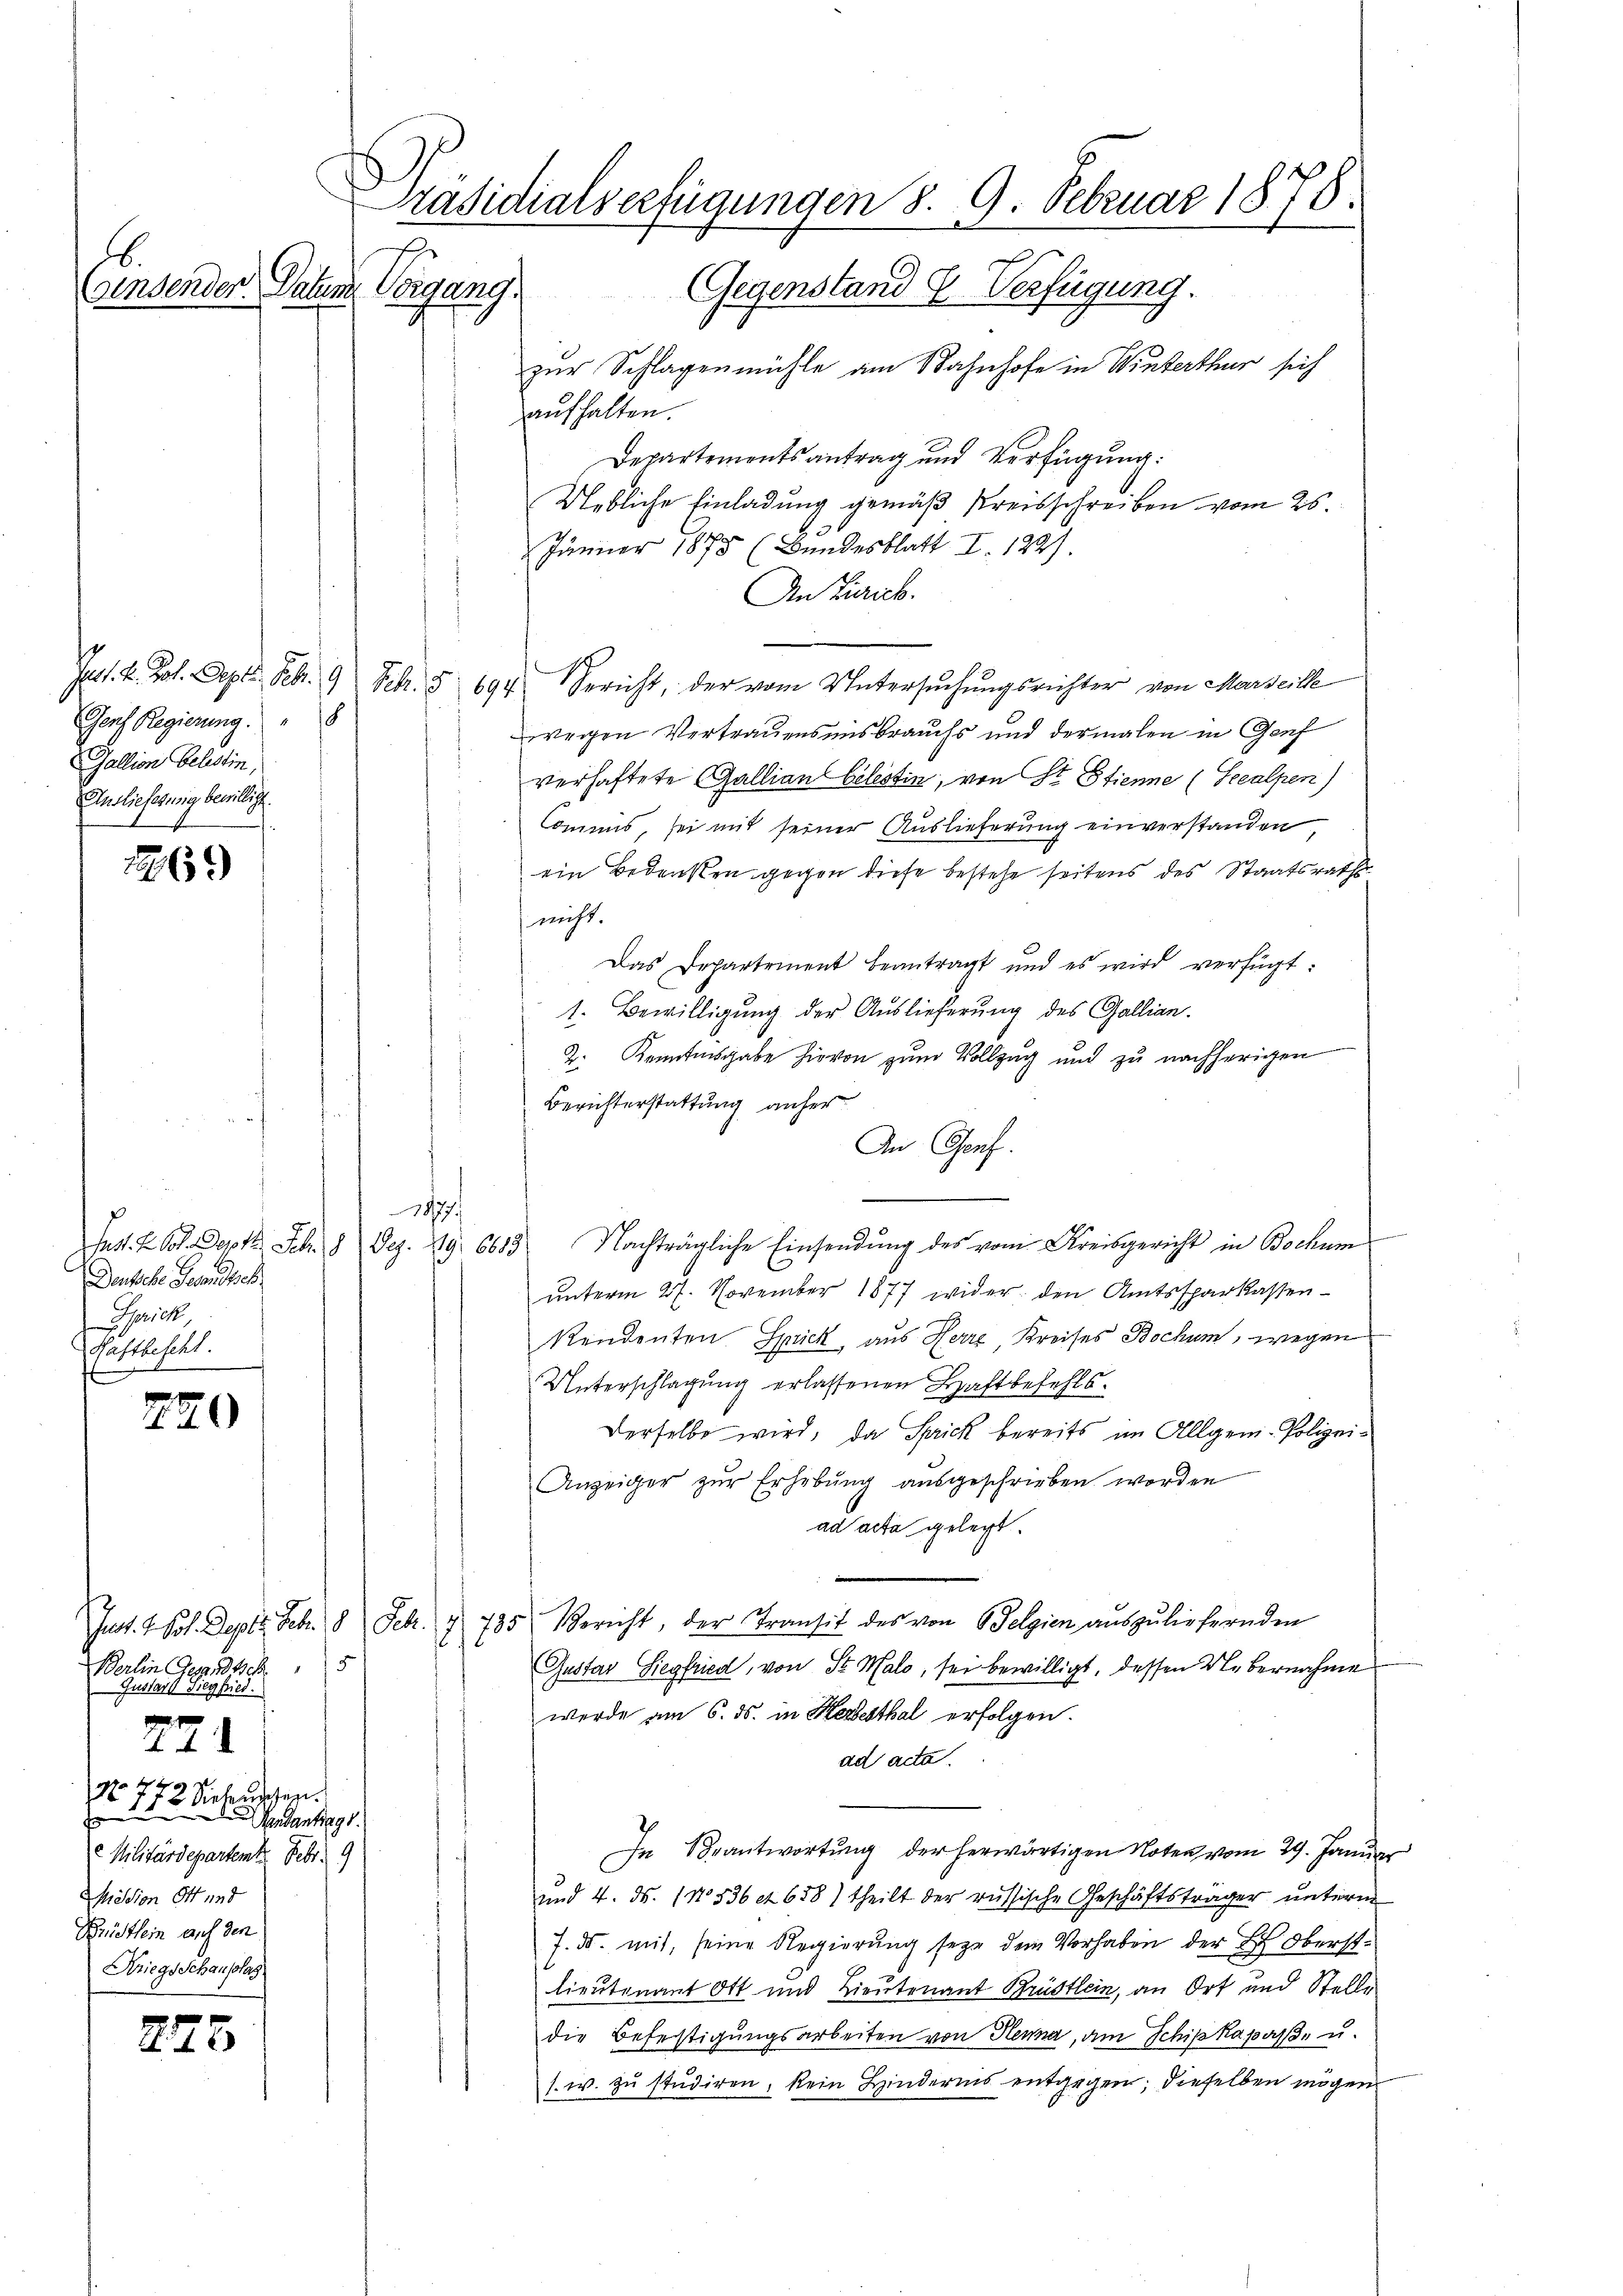
.

Genf Regierung.
Galtion Gelestin
Auslieferung bewilligt.

1269)

Densche Gesandtsch
Sprich
Haftbefehlt.
s

220

Jnt. 4. Joh. Deptt. Febr. 18 Sch.
Berlin Gesandtsch 15
Gustarl Siegfried

271

Aetrugen.
Nr. 1106. 13. Seitere
f
e Militärdepartent. Febr. 9
Mision Ott und
Brüstlein auf den
Kriegs Schauslag

273

Präsidialverfügungen 8. 9. Februar 1878.
Gegenstand E. Verfügung.
Ainsender. Datum Vorgang.

zur Schlagenmühle am Bahnhofe in Winterthur sich
aufhalten.
Departementsantrag und Verfügung:
Uebliche Einladung gemäß Kreisschreiben vom 25.
Jänner 1875 (Bundesblatt I. 122).
An Zürich.
Juss. k. Kot. Sept. Feb. 9 Febr. § 694. Bericht, der vom Untersuchungsrichter von Marseithe
wegen Vertrauensmisbrauchs und dermalen in Genf
verhaftete Gallian belestin, von St. Etienne (Seealpen)
Commis, sei mit seiner Auslieferung einverstanden,
ein Bedenken gegen diese bestehe seitens des Staatsraths
nicht.
Das Departement beantragt und es wird verfügt:
1. Bewilligung der Auslieferung des Gallian.
2. Kenntnisgabe hievon zum Vollzug und zu nachherigen
Berichterstattung anher
An Genf.
e
Jes. Z. bot. Dept. Feb. 9 Dez. 29. 6683. Nachträgliche Einsendung des vom Kreisgericht in Bochum
unterm 27. November 1877 wider den Amtssparkassenkendenten Sprick, aus Herr, Kreises Bochum, wegen
Unterschlagung erlassenen Haftbefehls.
Derselbe wird, da Sprick bereits im Allgem. Polizei¬
Anzeiger zŭr Erhebŭng aŭsgeschrieben worden
ad acta gelegt.
735. Bericht, der Transit des von Belgien aŭszŭliefernden
Gustav Siegfried, von Sr. Wald, sei bewilligt, dessen Uebernahme
werde am 6. ds. in Herzesthal erfolgen.
ad acta.
In Beantwortŭng der herwärtigen Noten vom 29. Janua
und 4. d. 11536 et 658) theilt der russische Geschäftsträger unterm
7. ds. mit, seine Regierung seyen dem Vorhaben der L. Oberstlieutenant Ott und Lieutenant Brüstlein, an Ort und Stelle
die Befestigungsarbeiten von Henna, am Schipkapase u.
s. w. zŭ studiren, kein Hindernis entgegen; dieselben mögen

1877.